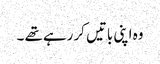
وہ اپنی باتیں کر رہے تھے ۔